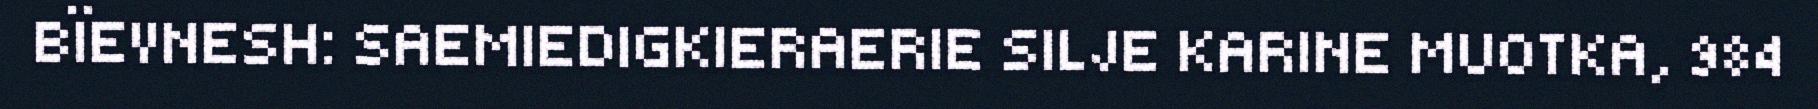
BÏEVNESH: SAEMIEDIGKIERAERIE SILJE KARINE MUOTKA, 984